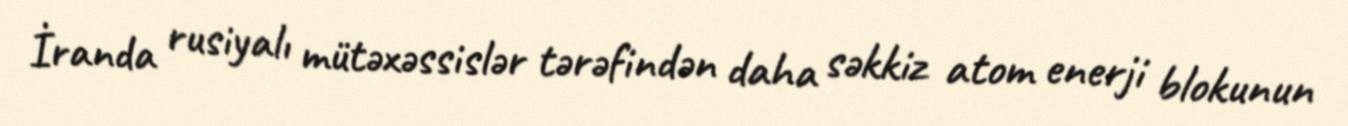
İranda rusiyalı mütəxəssislər tərəfindən daha səkkiz atom enerji blokunun